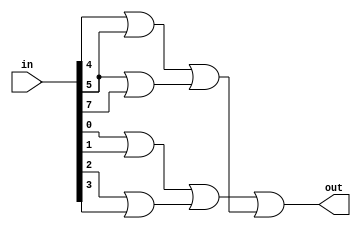
module or8way(
  output out,
  input [7:0] in);
  
  wire o1, o2, o3, o4, o5, o6;
  
  or
   or0(o1, in[0], in[1]),
   or1(o2, in[2], in[3]),
   or2(o3, in[4], in[5]),
   or3(o4, in[5], in[7]),
   or4(o5, o1, o2),
   or5(o6, o3, o4),
   or6(out, o5, o6);
   
endmodule